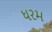
ધરમ